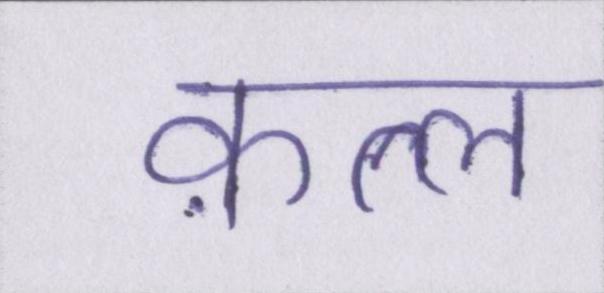
क़त्ल